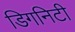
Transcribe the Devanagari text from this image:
डिगनिटी